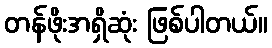
တန်ဖိုးအရှိဆုံး ဖြစ်ပါတယ်။